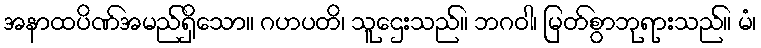
အနာထပိဏ်အမည်ရှိသော။ ဂဟပတိ၊ သူဌေးသည်။ ဘဂဝါ၊ မြတ်စွာဘုရားသည်။ မံ၊